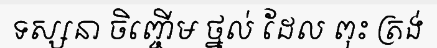
ទស្សនា ចិញ្ចើម ថ្នល់ ដែល ពុះ ត្រង់